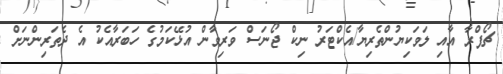
ޗޯޕްރާ އާއި ލަވަކިޔުންތެރިޔާ/އެކްޓަރު ނިކް ޖޯނަސް ވަރިވާން އުޅޭކަމުގެ ހަބަރާއެކު އެ ދެތަރިންނަށް